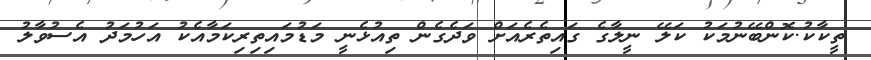
ތީކާކު.ކޮންބޭނުމަކު ކަލޭ ނީލާގެ ގައިތެރެއަށް ވަދެގެން ތިއުޅެނީ މަޑުމައިތިރިކަމާއެކު އަހުމަދު އެސުވާލު